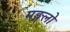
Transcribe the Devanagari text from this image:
मङ्गलो